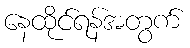
နေထိုင်ရန်အတွက်